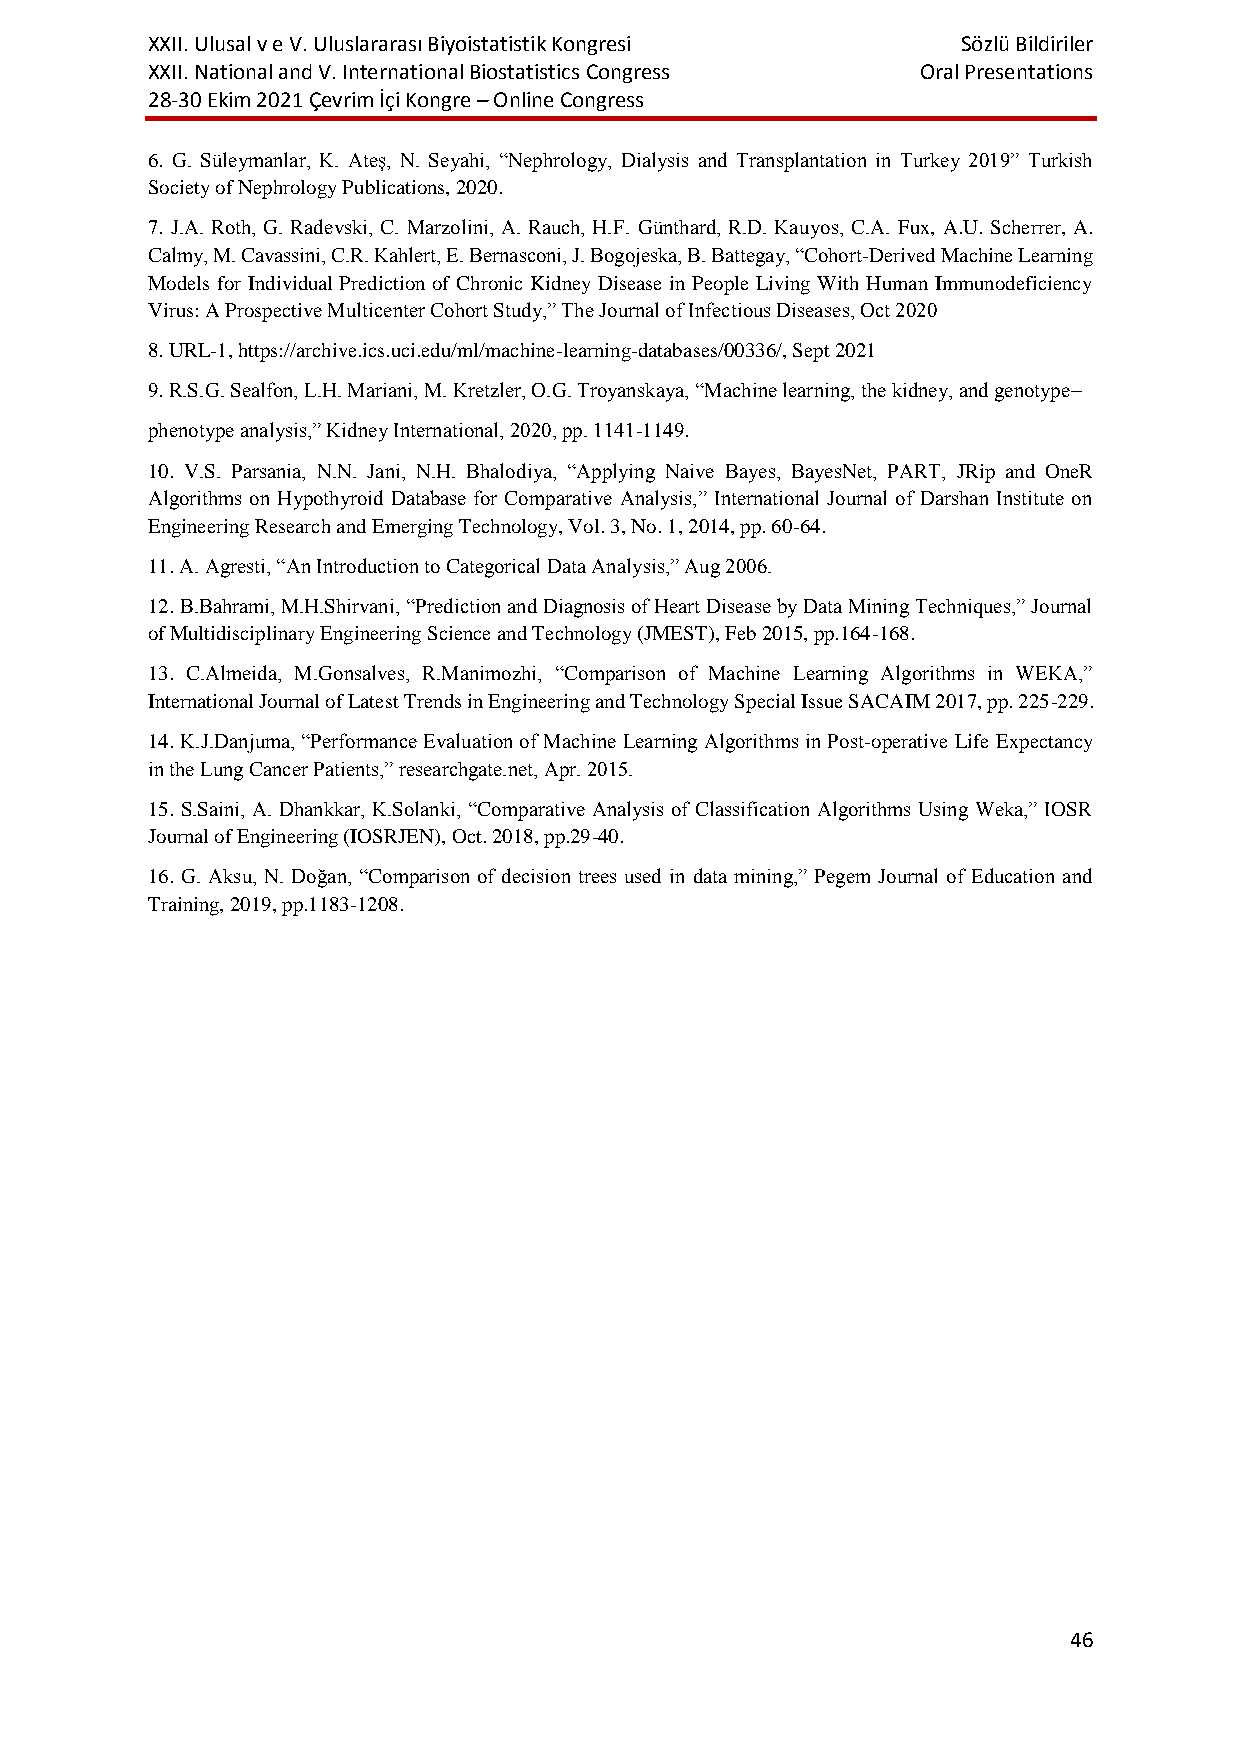
XXII. Ulusal v e V. Uluslararası Biyoistatistik Kongresi Sözlü Bildiriler
 XXII. National and V. International Biostatistics Congress Oral Presentations
 28-30 Ekim 2021 Çevrim İçi Kongre – Online Congress
 6. G. Süleymanlar, K. Ateş, N. Seyahi, “Nephrology, Dialysis and Transplantation in Turkey 2019” Turkish
 Society of Nephrology Publications, 2020.
 7. J.A. Roth, G. Radevski, C. Marzolini, A. Rauch, H.F. Günthard, R.D. Kauyos, C.A. Fux, A.U. Scherrer, A.
 Calmy, M. Cavassini, C.R. Kahlert, E. Bernasconi, J. Bogojeska, B. Battegay, “Cohort-Derived Machine Learning
 Models for Individual Prediction of Chronic Kidney Disease in People Living With Human Immunodeficiency
 Virus: A Prospective Multicenter Cohort Study,” The Journal of Infectious Diseases, Oct 2020
 8. URL-1, https://archive.ics.uci.edu/ml/machine-learning-databases/00336/, Sept 2021
 9. R.S.G. Sealfon, L.H. Mariani, M. Kretzler, O.G. Troyanskaya, “Machine learning, the kidney, and genotype–
 phenotype analysis,” Kidney International, 2020, pp. 1141-1149.
 10. V.S. Parsania, N.N. Jani, N.H. Bhalodiya, “Applying Naive Bayes, BayesNet, PART, JRip and OneR
 Algorithms on Hypothyroid Database for Comparative Analysis,” International Journal of Darshan Institute on
 Engineering Research and Emerging Technology, Vol. 3, No. 1, 2014, pp. 60-64.
 11. A. Agresti, “An Introduction to Categorical Data Analysis,” Aug 2006.
 12. B.Bahrami, M.H.Shirvani, “Prediction and Diagnosis of Heart Disease by Data Mining Techniques,” Journal
 of Multidisciplinary Engineering Science and Technology (JMEST), Feb 2015, pp.164-168.
 13. C.Almeida, M.Gonsalves, R.Manimozhi, “Comparison of Machine Learning Algorithms in WEKA,”
 International Journal of Latest Trends in Engineering and Technology Special Issue SACAIM 2017, pp. 225-229.
 14. K.J.Danjuma, “Performance Evaluation of Machine Learning Algorithms in Post-operative Life Expectancy
 in the Lung Cancer Patients,” researchgate.net, Apr. 2015.
 15. S.Saini, A. Dhankkar, K.Solanki, “Comparative Analysis of Classification Algorithms Using Weka,” IOSR
 Journal of Engineering (IOSRJEN), Oct. 2018, pp.29-40.
 16. G. Aksu, N. Doğan, “Comparison of decision trees used in data mining,” Pegem Journal of Education and
 Training, 2019, pp.1183-1208.
 46